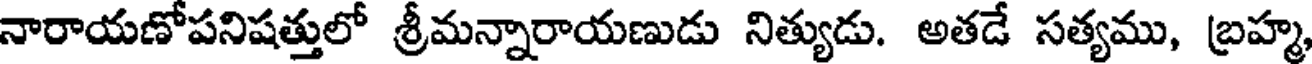
నారాయణోపనిషత్తులో శ్రీమన్నారాయణుడు నిత్యుడు. అతడే సత్యము, బ్రహ్మ